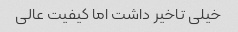
خیلی تاخیر داشت اما کیفیت عالی